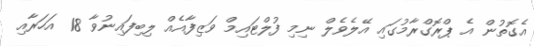
އެގޮތުން އެ ޕްރޮގްރާމުގައި އޭލެވެލް ނިމި ފުލްޓައިމް ވަޒިފާއެއް ލިބިފައިނުވާ 18 އަހަރާއި